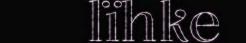
lïhke